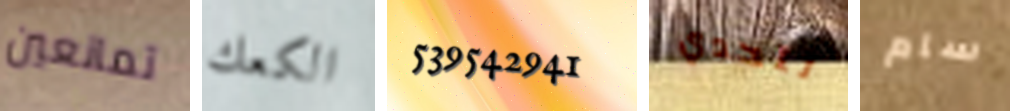
تمانعين الكعك 539542941 لتحدي سام